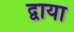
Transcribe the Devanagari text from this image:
द्वाया